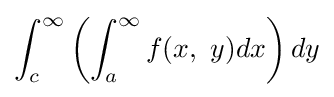
\int _{c}^{\infty }\left(\int _{a}^{\infty }f(x,\ y)dx\right)dy